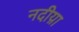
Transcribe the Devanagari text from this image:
नदीय़ा